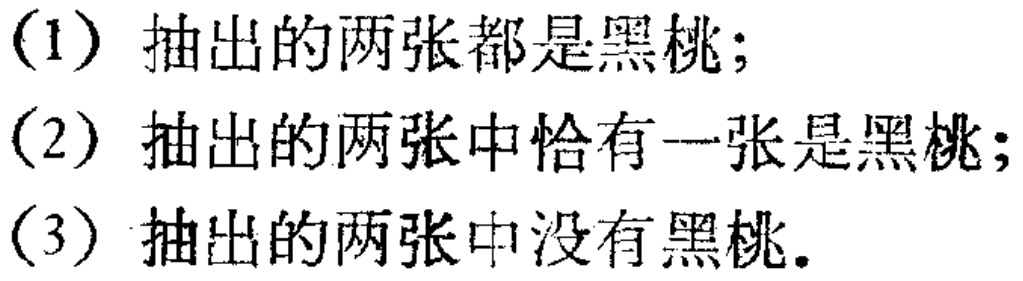
(1) 抽出的两张都是黑桃；
(2) 抽出的两张中恰有一张是黑桃；
(3) 抽出的两张中没有黑桃。